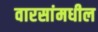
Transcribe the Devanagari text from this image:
वारसांमधील